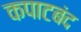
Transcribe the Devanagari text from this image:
कपाटबंद